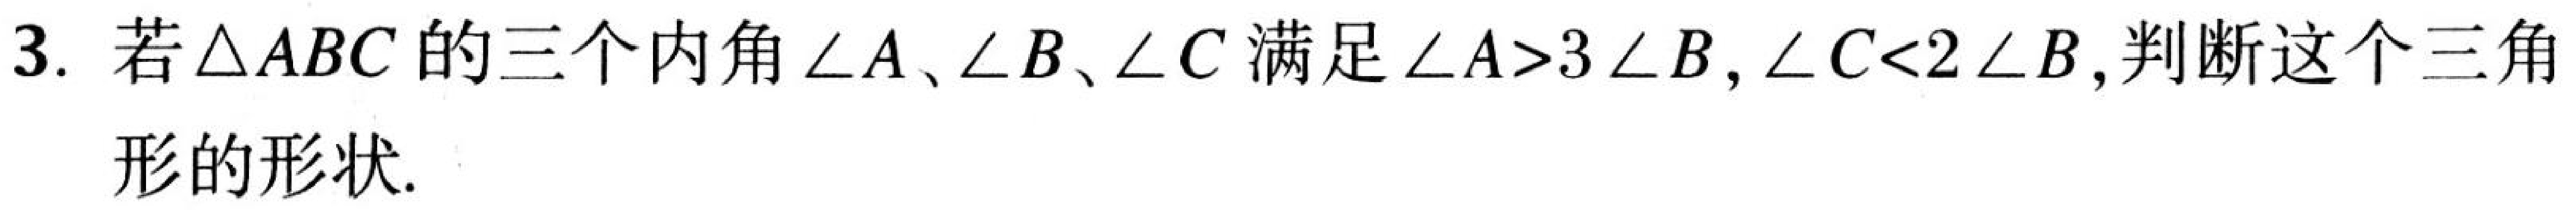
3. 若\(\triangle ABC\)的三个内角\(\angle A、\angle B、\angle C\)满足\(\angle A>3\angle B\)，\(\angle C<2\angle B\)，判断这个三角
形的形状.